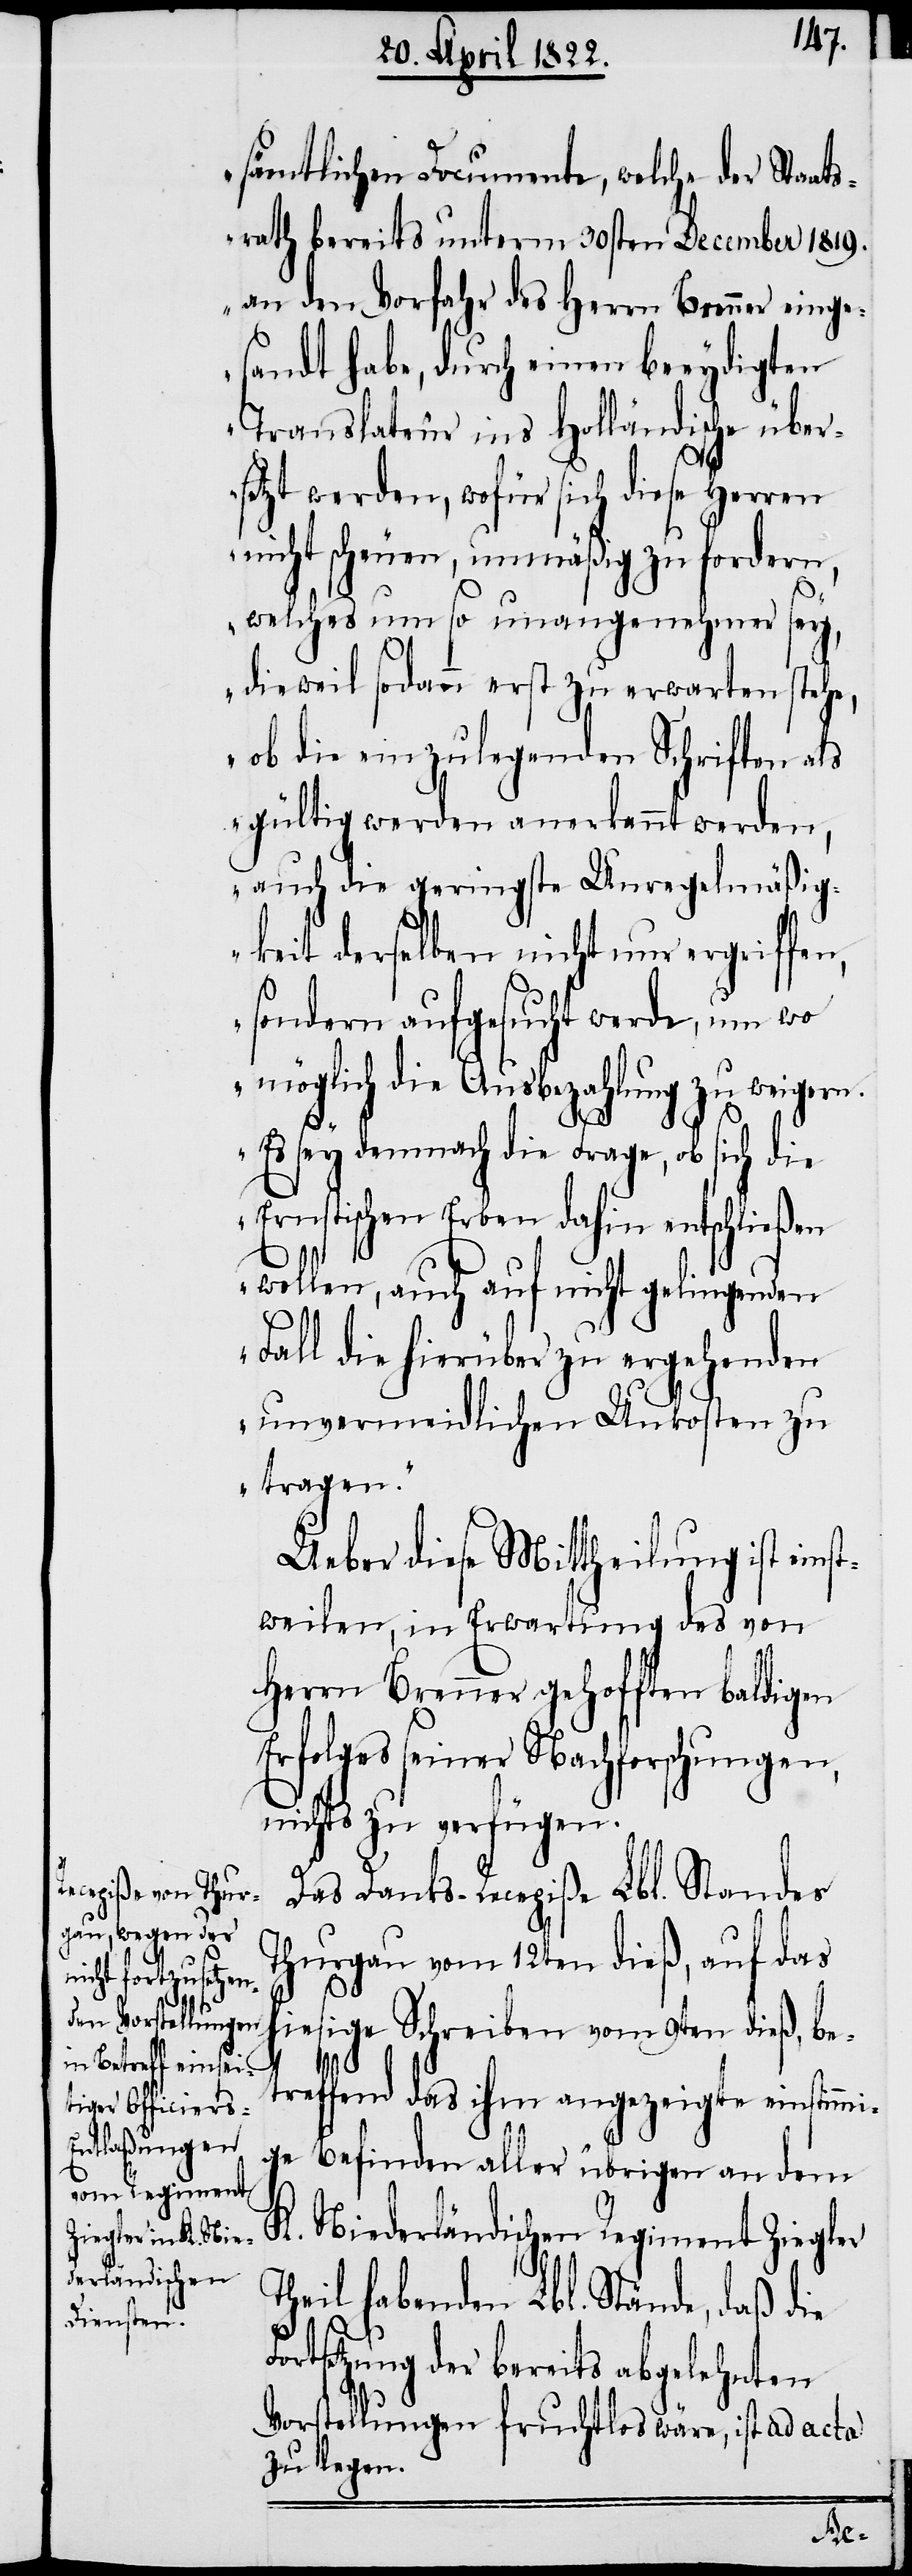
n.

sämtlichen Documente, welche der Staat¬
srath bereits unterm 30sten December 1819.
an den Vorfahr des Herrn Brenner einge¬
sandt habe, durch einen beeydigten
Translateur ins Holländische über¬
setzt werden, wofür sich diese Herren
nicht scheuen, unmäßig zu fordern,
welches um so unangenehmer sey,
dieweil sodann erst zu erwarten stehe,
ob die einzulegenden Schriften als
gültig werden anerkannt werden,
auch die geringste Unregelmäßig¬
keit derselben nicht nur ergriffen,
sondern aufgesucht werde, um wo
möglich die Ausbezahlung zu weiger¬
Es sey demnach die Frage, ob sich die
Ernstischen Erben dahin entschließen
wollen, auch auf nicht gelingenden
Fall die hierüber zu ergehenden
unvermeidlichen Unkosten zu
tragen.“
Ueber diese Mittheilung ist eins¬
tweilen, in Erwartung des von
Herrn Brenner gehofften baldigen
Erfolges seiner Nachforschungen,
nichts zu verfügen.
Das Danks-Recepiße Lbl. Standes
Thurgau vom 12ten dieß, auf das
hiesige Schreiben vom 9ten dieß, be¬
treffend das ihm angezeigte einstimmi¬
ge Befinden aller übrigen an dem
K. Niederländischen Regiment Ziegler
Theil habenden Lbl. Stände, daß
Fortsetzung der bereits abgelehnten
Vorstellungen fruchtlos wäre, ist ad acta
zu legen.
die